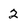
Character: 2